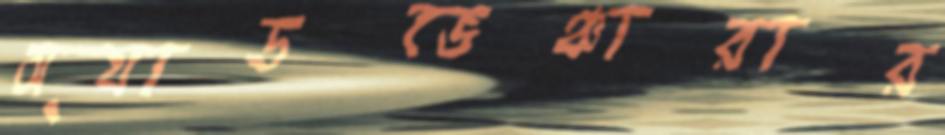
অ্যাডভেঞ্চারার